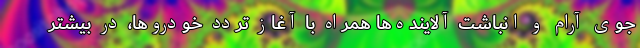
جوی آرام و انباشت آلاینده‌ها همراه با آغاز تردد خودروها، در بیشتر